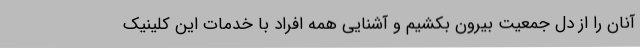
آنان را از دل جمعیت بیرون بکشیم و آشنایی همه افراد با خدمات این کلینیک